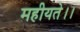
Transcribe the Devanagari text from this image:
महीयते।।